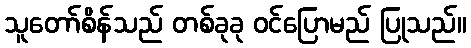
သူတော်စိန်သည် တစ်ခုခု ဝင်ပြောမည် ပြုသည်။